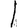
Digit: 1